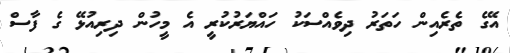
އޭގެ ތެރެއިން ހަތަރު ދިވެއްސަކު ހައްޔަރުކުރީ އެ މީހުން ދިރިއުޅޭ ގެ ފާސް